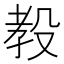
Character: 𪵋